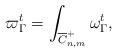
LaTeX: \begin{align*}\varpi^t_\Gamma=\int_{\overline C_{n,m}^+}\omega^t_\Gamma,\end{align*}